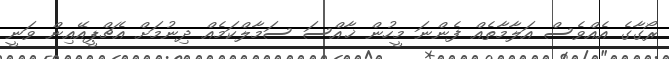
ރޯގާގެ އެއްވެސް އަލާމާތެއް ފެންނަ މީހުން ޚާއްސަ ސަމާލްކަމެއް ދިނުމަށް އެޗްޕީއޭއިން ވަނީ